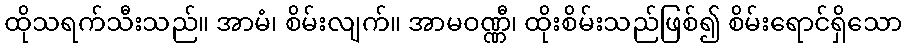
ထိုသရက်သီးသည်။ အာမံ၊ စိမ်းလျက်။ အာမဝဏ္ဏီ၊ ထိုးစိမ်းသည်ဖြစ်၍ စိမ်းရောင်ရှိသော